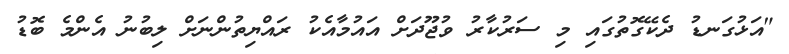
"އަޅުގަނޑު ދެކޭގޮތުގައި މި ސަރުކާރު ވުޖޫދަށް އައުމާއެކު ރައްޔިތުންނަށް ލިބުނު އެންމެ ބޮޑު